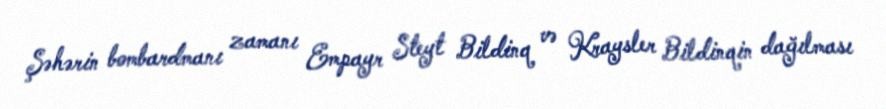
Şəhərin bombardmanı zamanı Empayr Steyt Bildinq və Kraysler Bildinqin dağılması